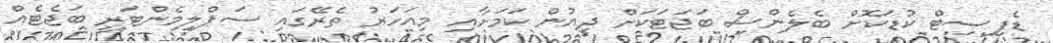
ޑެފިސިޓް ކުޑަކޮށް ބެލެންސް ބަޖަޓަކަށް ދިއުން ކަމަށާއި މިއަހަރު ތެރޭގައި ސަޕްލިމެންޓަރީ ބަޖެޓެއް